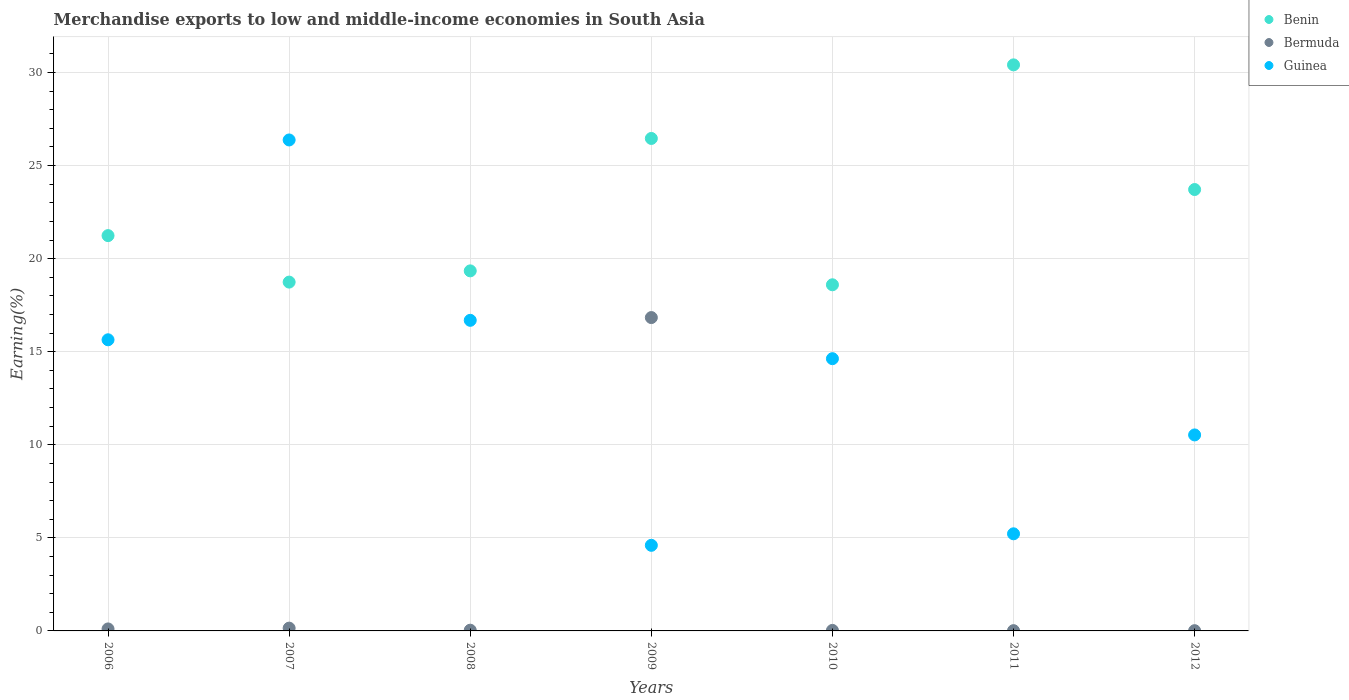
| Years | Benin | Bermuda | Guinea |
 | --- | --- | --- | --- |
 | 2006 | 21.2 | 0.107 | 15.6 |
 | 2007 | 18.7 | 0.15 | 26.4 |
 | 2008 | 19.3 | 0.0389 | 16.7 |
 | 2009 | 26.5 | 16.8 | 4.6 |
 | 2010 | 18.6 | 0.0281 | 14.6 |
 | 2011 | 30.4 | 0.0144 | 5.22 |
 | 2012 | 23.7 | 0.0133 | 10.5 |